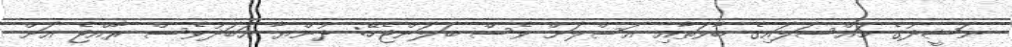
ނަޝީދުގެ މައްސަލައިގެ ބާވަތާއި އަސްލަށް ވެސް ބަލަންޖެހޭ: ދުންޔާ އަބަދުުވެސް ރާއްޖެ އަށް